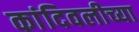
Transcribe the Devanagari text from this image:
कांदिवलीच्या